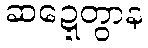
ဆဍ္ဍေတွာန